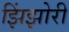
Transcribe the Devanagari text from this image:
झिंझोरी